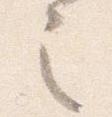
之